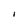
Character: I